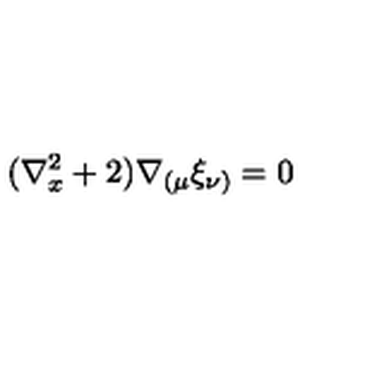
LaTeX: ( \nabla _ { x } ^ { 2 } + 2 ) \nabla _ { ( \mu } \xi _ { \nu ) } = 0